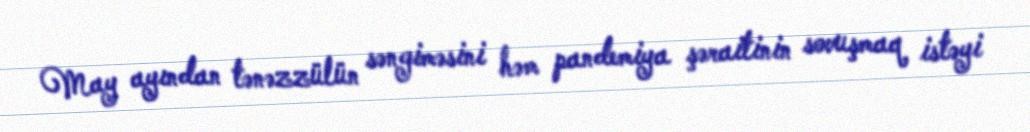
May ayından tənəzzülün səngiməsini həm pandemiya şəraitinin sovuşmaq istəyi